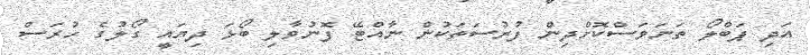
އަދި ޕަބްލޯ ތަނަަވަސްކޮށްދިން ފުރުސަތަކުން ނާއްޓޭ ފޮނުވާލި ބޯޅަ ދިޔައީ ގޯލުގެ ހުރަސް